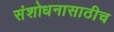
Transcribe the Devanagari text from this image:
संशोधनासाठीच